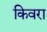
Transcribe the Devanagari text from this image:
किवरा